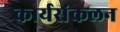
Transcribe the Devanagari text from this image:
कार्यसंकलन